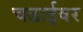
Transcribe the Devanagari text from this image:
चढाईवर